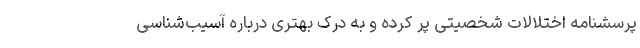
پرسشنامه اختلالات شخصیتی پر کرده و به درک بهتری درباره آسیب‌شناسی